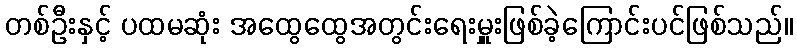
တစ်ဦးနှင့် ပထမဆုံး အထွေထွေအတွင်းရေးမှူးဖြစ်ခဲ့ကြောင်းပင်ဖြစ်သည်။